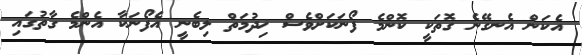
އެކަން އެނގޭނެ ގޮތަކީ ކޮންމެ ފޯނަކަށްވެސް ޚިދުމަތް ލިބެނީ އެފޯނަކާ އެންމެ ގާތުގައި